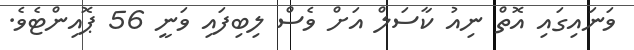
ވަނައިގައި އޮތް ނިއު ކާސަލް އަށް ވެސް ލިބިފައި ވަނީ 56 ޕޮއިންޓެވެ.